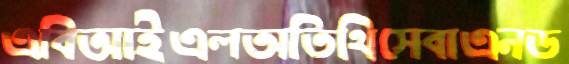
এবিআইএলঅতিথিসেবাএনড